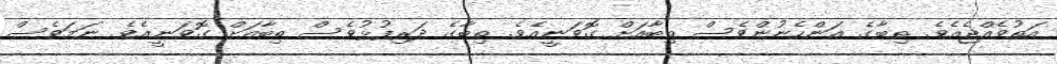
އަތުވެއްޖެއެވެ. ތިބާގެ އަންހެނުންވެސް ތިބާއަށް ގޮވަނީއެވެ. ތިބާގެ ދަރިފުޅުވެސް ތިބާއަށް ގޮވަނީއެވެ. ނަމަވެސް